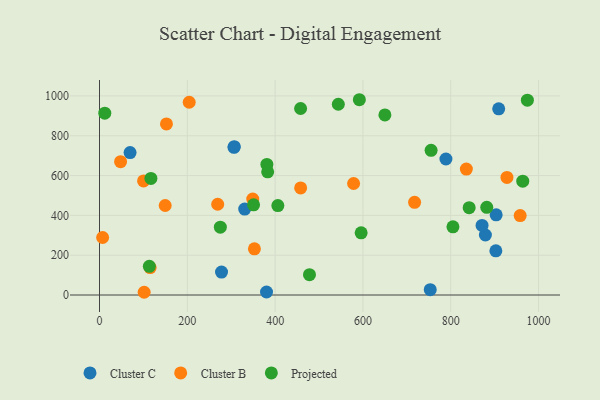
{"axis": {"x": "Ad Spend", "y": "Yield"}, "legend": ["Cluster B", "Cluster C", "Projected"], "data": [{"x": "306.3", "y": 741.7, "type": "Cluster C"}, {"x": "277.9", "y": 115.2, "type": "Cluster C"}, {"x": "380.4", "y": 15.0, "type": "Cluster C"}, {"x": "909.2", "y": 935.5, "type": "Cluster C"}, {"x": "878.9", "y": 301.4, "type": "Cluster C"}, {"x": "903.4", "y": 403.0, "type": "Cluster C"}, {"x": "902.7", "y": 222.0, "type": "Cluster C"}, {"x": "330.7", "y": 431.6, "type": "Cluster C"}, {"x": "789.0", "y": 683.3, "type": "Cluster C"}, {"x": "306.9", "y": 745.1, "type": "Cluster C"}, {"x": "871.3", "y": 349.7, "type": "Cluster C"}, {"x": "753.3", "y": 26.6, "type": "Cluster C"}, {"x": "69.6", "y": 715.5, "type": "Cluster C"}, {"x": "578.7", "y": 560.3, "type": "Cluster B"}, {"x": "152.5", "y": 859.5, "type": "Cluster B"}, {"x": "48.0", "y": 670.0, "type": "Cluster B"}, {"x": "349.0", "y": 481.7, "type": "Cluster B"}, {"x": "149.6", "y": 449.6, "type": "Cluster B"}, {"x": "100.3", "y": 572.9, "type": "Cluster B"}, {"x": "717.6", "y": 465.5, "type": "Cluster B"}, {"x": "7.1", "y": 288.8, "type": "Cluster B"}, {"x": "204.3", "y": 968.5, "type": "Cluster B"}, {"x": "458.1", "y": 537.9, "type": "Cluster B"}, {"x": "835.5", "y": 632.6, "type": "Cluster B"}, {"x": "115.3", "y": 138.0, "type": "Cluster B"}, {"x": "352.8", "y": 231.9, "type": "Cluster B"}, {"x": "958.1", "y": 399.2, "type": "Cluster B"}, {"x": "101.7", "y": 13.7, "type": "Cluster B"}, {"x": "269.2", "y": 456.0, "type": "Cluster B"}, {"x": "928.0", "y": 590.8, "type": "Cluster B"}, {"x": "12.0", "y": 913.5, "type": "Projected"}, {"x": "882.0", "y": 440.4, "type": "Projected"}, {"x": "805.0", "y": 342.7, "type": "Projected"}, {"x": "275.2", "y": 340.8, "type": "Projected"}, {"x": "543.9", "y": 958.4, "type": "Projected"}, {"x": "350.9", "y": 453.3, "type": "Projected"}, {"x": "595.9", "y": 312.6, "type": "Projected"}, {"x": "841.9", "y": 438.8, "type": "Projected"}, {"x": "591.8", "y": 981.1, "type": "Projected"}, {"x": "117.1", "y": 585.9, "type": "Projected"}, {"x": "406.2", "y": 449.2, "type": "Projected"}, {"x": "381.2", "y": 655.9, "type": "Projected"}, {"x": "964.0", "y": 571.8, "type": "Projected"}, {"x": "478.2", "y": 102.3, "type": "Projected"}, {"x": "650.0", "y": 904.6, "type": "Projected"}, {"x": "458.0", "y": 937.0, "type": "Projected"}, {"x": "383.0", "y": 618.9, "type": "Projected"}, {"x": "755.2", "y": 726.9, "type": "Projected"}, {"x": "974.5", "y": 979.0, "type": "Projected"}, {"x": "113.5", "y": 144.0, "type": "Projected"}]}